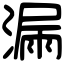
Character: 漏